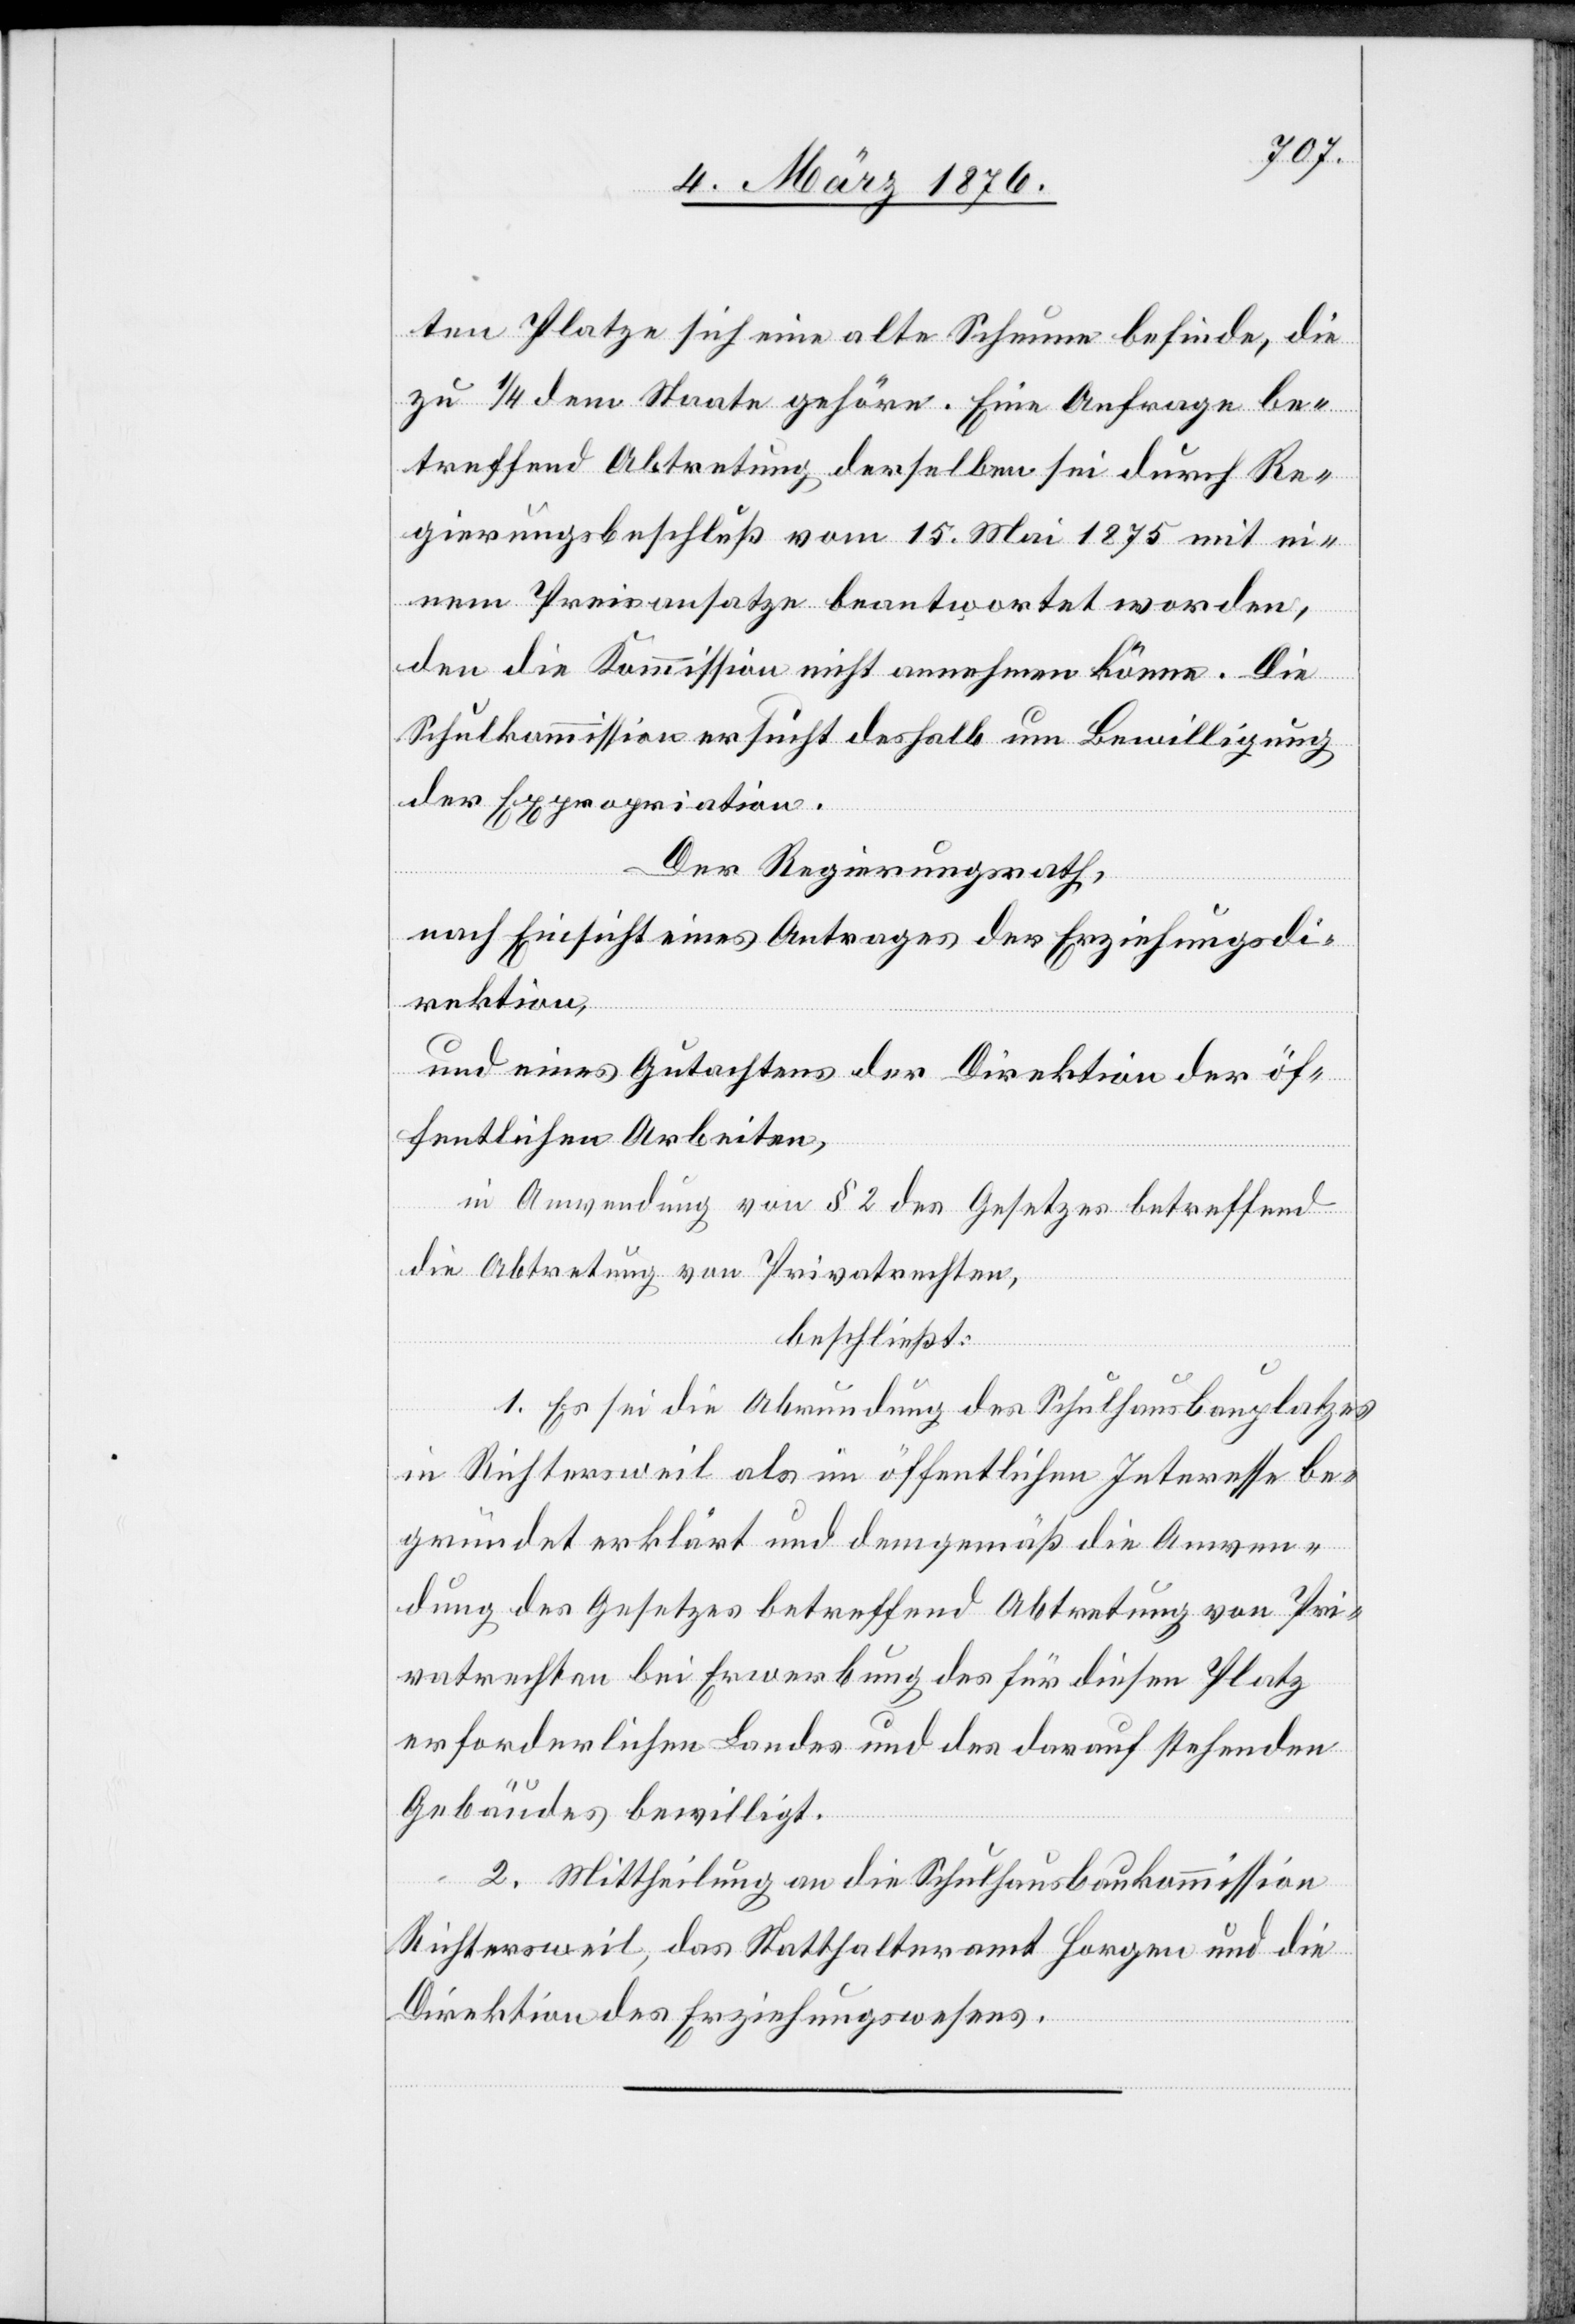
ten Platze sich eine alte Scheune befinde, die
zu 1/2 dem Staate gehöre. Eine Anfrage be¬
treffend Abtretung derselben sei durch Re¬
gierungsbeschluß vom 15. Mai 1875 mit e¬
inem Preisansatze beantwortet worden,
den die Kommission nicht annehmen könne. Die
Schulkommission ersucht deshalb um Bewilligung
der Expropriation.
Der Regierungsrath,
nach Einsicht eines Antrages der Erziehungsdi¬
rektion,
und eines Gutachtens der Direktion der öf¬
fentlichen Arbeiten,
in Anwendung von § 2 des Gesetzes betreffend
die Abtretung von Privatrechten,
beschließt:
1. Es sei die Abrundung des Schulhausbauplatzes
in Richtersweil als im öffentlichen Interesse be¬
gründet erklärt und demgemäß die Anwen¬
dung des Gesetzes betreffend Abtretung von Pri¬
vatrechten bei Erwerbung des für diesen Platz
erforderlichen Landes und des darauf stehenden
Gebäudes bewilligt.
2. Mittheilung an die Schulhausbaukommission
Richtersweil, das Statthalteramt Horgen und die
Direktion des Erziehungswesens.